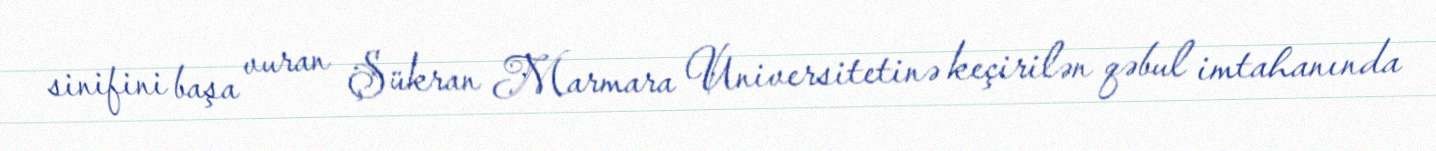
sinifini başa vuran Şükran Marmara Universitetinə keçirilən qəbul imtahanında